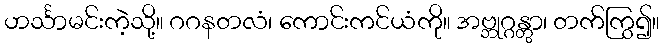
ဟင်္သာမင်းကဲ့သို့။ ဂဂနတလံ၊ ကောင်းကင်ယံကို။ အဗ္ဘုဂ္ဂန္တွာ၊ တက်ကြွ၍။